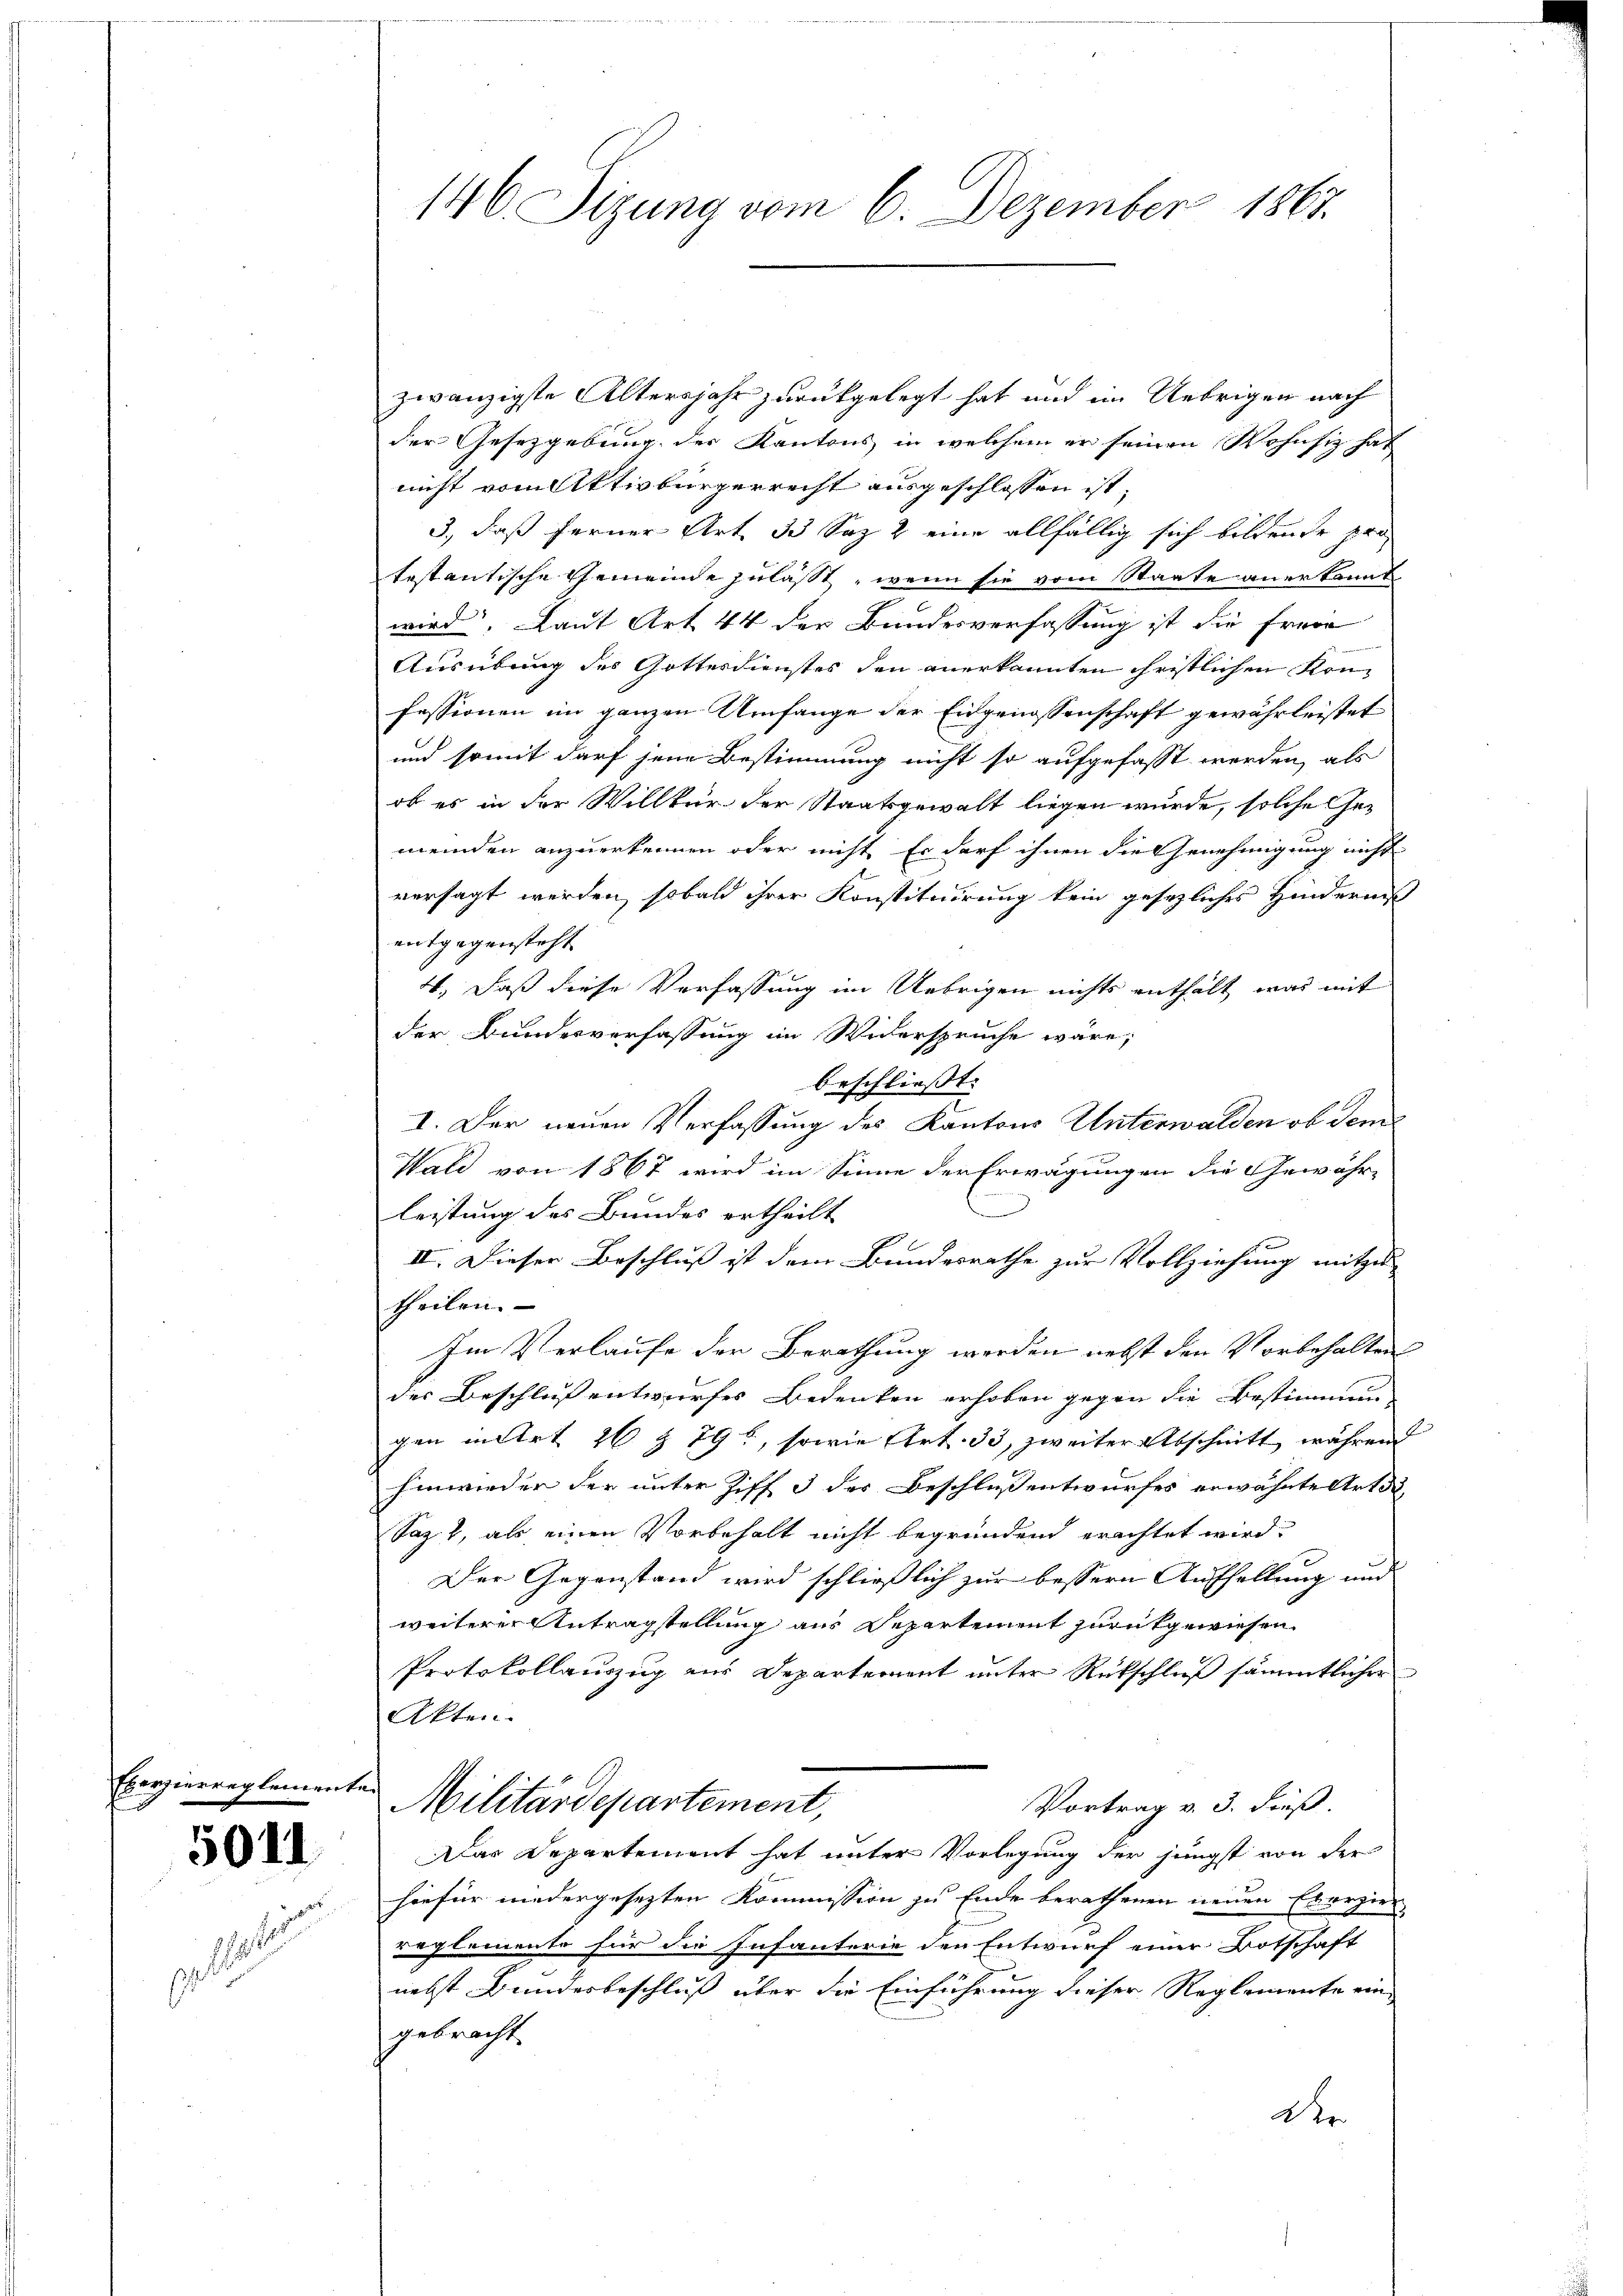
Exerzierreglement
l

5011

146 Sizung vom 6. Dezember 1867.

zwanzigste Altersjahr zurückgelegt hat und im Uebrigen nach
der Gesetzgebung der Kantons in welchem er seinen Wohnsitz hat
nicht vom Aktivbürgerrecht ausgeschlossen ist;
3., daß ferner Art. 33 Saz 2 eine allfällig sich bildende pro
testantische Gemeinde zulässt, wenn sie vom Staate anerkannt
wird, Laut Art 44 der Bundesverfassung ist die Freie
Ausübung des Gottesdienstes den anerkannten christlichen Konfessionen im ganzen Umfange der Eidgenossenschaft gewährleistet
und somit darf jene Bestimmung nicht so aufgefasst werden, als
ob es in der Willkür der Staatsgewalt liegen wurde, solche Gemeinden anzuerkennen oder nicht Er darf ihnen die Genehmigung nicht
versagt werden, sobald ihrer Konstituirung kein gesezliches Hindernis
entgegensteht
4., Daß diese Verfassung im Uebrigen nichts enthält, was mit
der Bundesverfassung im Widerspruche wäre;
beschliesst. |
I. Der neuen Verfassung des Kantons Unterwalden ob dem
Wald von 1867 wird im Sinne der Erwägungen die Gewähr-
leistung des Bundes ertheilt
II. Dieser Beschluß ist dem Bundesrathe zur Vollziehung mitzu
theilen. |
Im Verlaufe der Berathung werden nebst den Vorbehalten
der Beschluß entwurfes Bedenken erhoben gegen die Bestimmung
gen untert 26 § 79 l, sowie Art. 33, zweiter Abschnitt während
hinwieder der unter Ziff 3 des Beschluß entwurfes erwähnte Art di
Saz 2, als einen Vorbehalt nicht begründend erachtet wird.
Der Gegenstand wird schließlich zur bessern Aufstellung und
weiterer Antragstellung aus Departement zurückgewiesen
Protokollauszug zur Departement unter Rückschluß sämmtlicher
Akten.
Militärdepartement,
Vortrag v. 3. dieß.
Das Departement hat unter Vorlegung der jüngst von der
hiefür niedergesezten Kommission zu Ende berathenen neuen Exerzier-
reglemente für die Infanterie den Entwurf einer Botschaft
e
nebst Bundesbeschluß über die Einführung dieser Reglemente ein-
gebracht.
Der